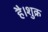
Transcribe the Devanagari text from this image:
है।शुक्र